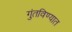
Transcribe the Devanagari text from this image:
गुंतविण्यात